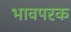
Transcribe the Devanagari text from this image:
भावपरक